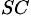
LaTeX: ^{SC}